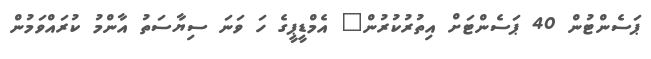
ޕަސެންޓުން 40 ޕަސެންޓަށް އިތުރުކުރުން" އެމްޑީޕީގެ ހަ ވަނަ ސިޔާސަތު އާންމު ކުރައްވަމުން